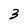
Character: 3